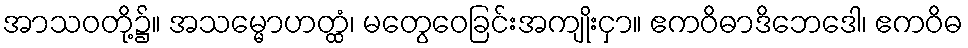
အာသဝတို့၌။ အသမ္မောဟတ္ထံ၊ မတွေဝေခြင်းအကျိုးငှာ။ ဧကဝိဓာဒိဘေဒေါ၊ ဧကဝိဓ